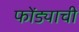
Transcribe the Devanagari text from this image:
फोंड्याची